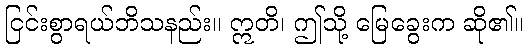
ငြင်းစွာရယ်ဘိသနည်း။ ဣတိ၊ ဤသို့ မြေခွေးက ဆို၏။